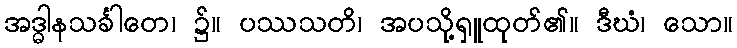
အဒ္ဓါနသင်္ခါတေ၊ ၌။ ပဿသတိ၊ အပသို့ရှူထုတ်၏။ ဒီဃံ၊ သော။